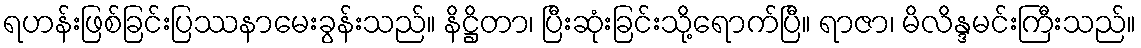
ရဟန်းဖြစ်ခြင်းပြဿနာမေးခွန်းသည်။ နိဋ္ဌိတာ၊ ပြီးဆုံးခြင်းသို့ရောက်ပြီ။ ရာဇာ၊ မိလိန္ဒမင်းကြီးသည်။